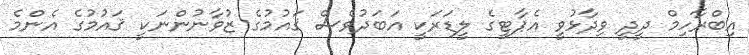
އިބްރާހިމް ދީދީ ވިދާޅުވީ އެޕާޓީގެ ލީޑަރަކީ އަބަދުވެސް ޤައުމުގެ ޒުވާނުންނަކީ ޤައުމުގެ އެންމެ